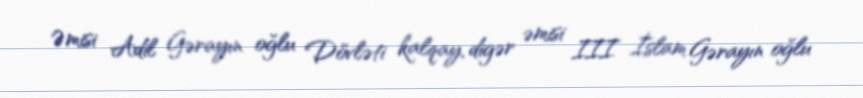
Əmisi Adil Gərayın oğlu Dövləti kalqay, digər əmisi III İslam Gərayın oğlu